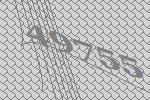
49755